Source: Handwritten
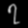
Digit: ၇ (7)